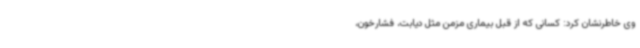
وی خاطرنشان کرد: کسانی که از قبل بیماری مزمن مثل دیابت، فشارخون،